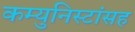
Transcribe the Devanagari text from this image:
कम्युनिस्टांसह